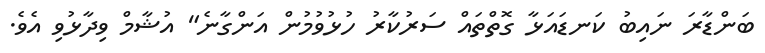
ބަންޑާރަ ނައިބު ކަނޑައަޅާ ގޮތްތައް ސަރުކާރު ހުޅުވުމުން އަންގާނެ" އުޝާމް ވިދާޅުވި އެވެ.